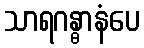
သာရဂန္ဓာနံပေ